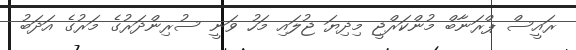
ރައީސް ޕްރަނާބް މުންކަރްޖީ މިދިޔަ ޖުލައި މަހު ވަނީ ސުރިންދަރުގެ މަރުގެ އަދަބު